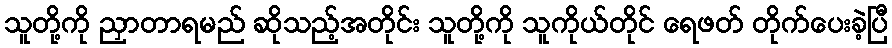
သူတို့ကို ညှာတာရမည် ဆိုသည့်အတိုင်း သူတို့ကို သူကိုယ်တိုင် ရေဖတ် တိုက်ပေးခဲ့ပြီ